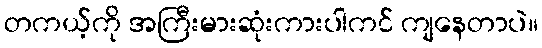
တကယ့်ကို အကြီးမားဆုံးကားပါကင် ကျနေတာပဲ။